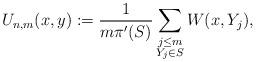
LaTeX: \begin{align*}U_{n,m}(x,y):=\frac{1}{m\pi'(S)}\sum_{\substack{j\leq m \\ Y_j\in S}} W(x,Y_j),\end{align*}